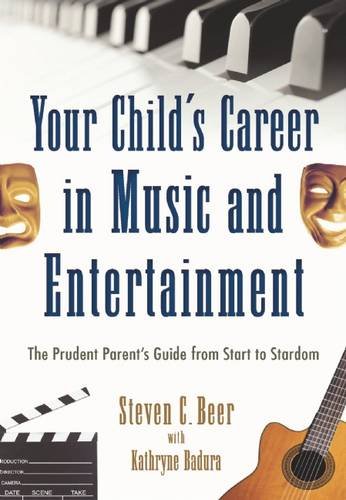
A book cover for Your Child's Career in Music and Entertainment: The Prudent Parent's Guide from Start to Stardom; Steven C. Beer; Arts & Photography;